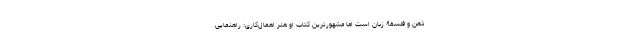
ذهن و فلسفۀ زبان است اما مشهورترین کتاب او هنر اهمال‌کاری: راهنمایی